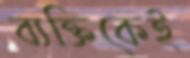
ব্যক্তিকেই